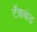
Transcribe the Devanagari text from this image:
टॅंकबंड